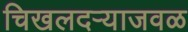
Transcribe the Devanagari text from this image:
चिखलदऱ्याजवळ